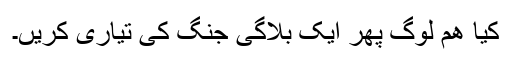
کیا ھم لوگ پھر ایک بلاگی جنگ کی تیاری کریں۔